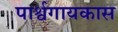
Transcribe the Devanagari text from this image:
पार्श्वगायकास